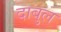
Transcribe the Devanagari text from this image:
दाबुल